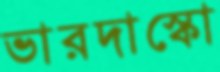
ভারদাস্কো